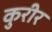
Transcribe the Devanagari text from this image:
कुरीर